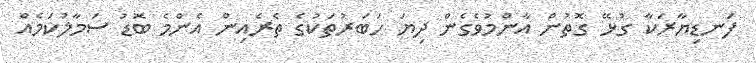
ފަނޑިޔާރަކާ ގުޅޭ ގޮތުން އާންމުވެގެން ދިޔަ ހަބަރުތަކުގެ ތެރެއިން އެންމެ ބޮޑު ސަމާލުކަމެއް